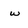
Character: w